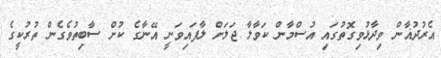
އެރުދުޣާން ވިދާޅުވިގޮތުގައި އުސްމާން ކަވާލާ ޖަލަށް ލާފައިވަނީ އޭނާގެ ކުށް ސާބިތުވެގެން ތުރުކީގެ